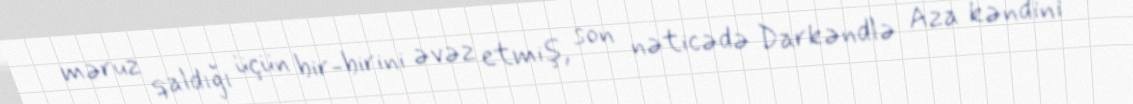
məruz qaldığı üçün bir-birini əvəz etmiş, son nəticədə Darkəndlə Aza kəndini